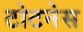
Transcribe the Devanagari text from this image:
टोटनेस